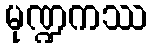
မုဏ္ဍကဿ